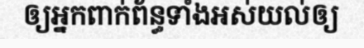
ឲ្យអ្នកពាក់ព័ន្ធទាំងអស់យល់ឲ្យ